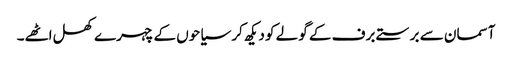
آسمان سے برستے برف کے گولے کو دیکھ کر سیاحوں کے چہرے کھل اٹھے۔